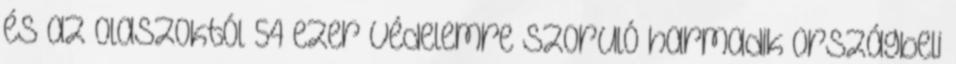
és az olaszoktól 54 ezer védelemre szoruló harmadik országbeli